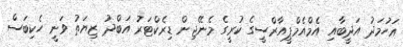
އަހުމަދު އަދީބާއި އެމްއެމްޕީއާރްސީގެ ކުރީގެ މެނޭޖިން ޑިރެކްޓަރު އަބްދު ޒިޔަތު ވަނީ ހެކިބަސް